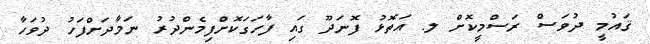
ޤައުމީ ދުވަސް ރަސްމީކޮށް ލ. އަތޮޅު ފޮނަދޫ ގައި ފާހަގަކޮށްފިމެންދުރު ނަމާދަށްފަހު ދުވަހާ